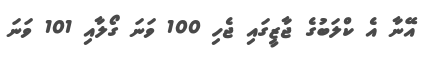
އޭނާ އެ ކްލަބުގެ ޖާޒީގައި ޖެހި 100 ވަނަ ގޯލާއި 101 ވަނަ